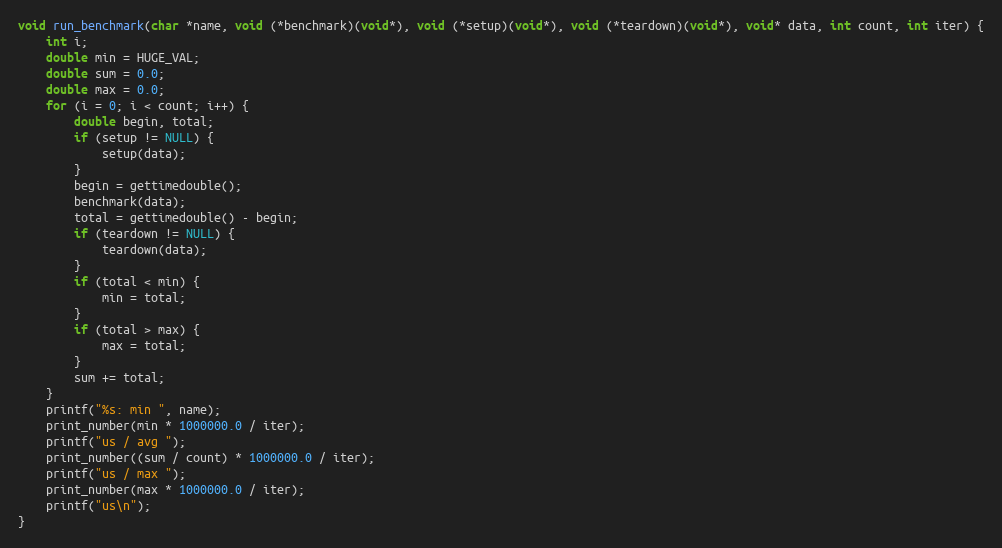
Language: C
void run_benchmark(char *name, void (*benchmark)(void*), void (*setup)(void*), void (*teardown)(void*), void* data, int count, int iter) {
    int i;
    double min = HUGE_VAL;
    double sum = 0.0;
    double max = 0.0;
    for (i = 0; i < count; i++) {
        double begin, total;
        if (setup != NULL) {
            setup(data);
        }
        begin = gettimedouble();
        benchmark(data);
        total = gettimedouble() - begin;
        if (teardown != NULL) {
            teardown(data);
        }
        if (total < min) {
            min = total;
        }
        if (total > max) {
            max = total;
        }
        sum += total;
    }
    printf("%s: min ", name);
    print_number(min * 1000000.0 / iter);
    printf("us / avg ");
    print_number((sum / count) * 1000000.0 / iter);
    printf("us / max ");
    print_number(max * 1000000.0 / iter);
    printf("us\n");
}